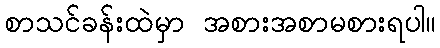
စာသင်ခန်းထဲမှာ အစားအစာမစားရပါ။